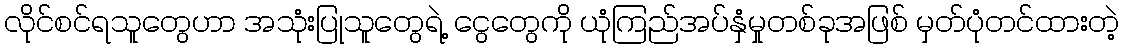
လိုင်စင်ရသူတွေဟာ အသုံးပြုသူတွေရဲ့ ငွေတွေကို ယုံကြည်အပ်နှံမှုတစ်ခုအဖြစ် မှတ်ပုံတင်ထားတဲ့